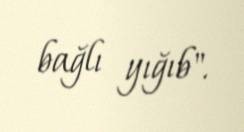
bağlı yığıb".